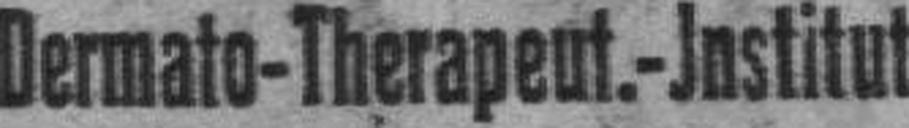
Dermato-Therapeut.-Jnstitut